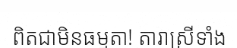
ពិតជាមិនធម្មតា! តារាស្រីទាំង